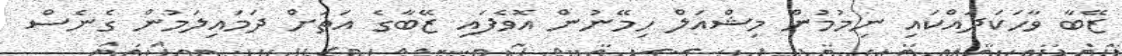
ޒޭބާ ވާހަކަދައްކައި ނިމުމުން މިޝްއަލް ހިމޭނުން އޮވެފައި ޒޭބާގެ އަތަށް ދަމައިލަމުން ގެނެސް